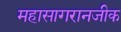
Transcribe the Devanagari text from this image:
महासागरानजीक